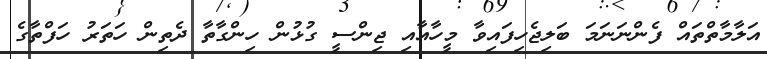
އަލާމާތްތައް ފެންނަނަމަ ބަލިޖެހިފައިވާ މީހާއާއި ޖިންސީ ގުޅުން ހިންގާތާ ދެތިން ހަތަރު ހަފްތާގެ